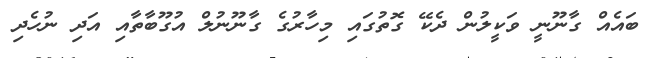
ބައެއް ގާނޫނީ ވަކީލުން ދެކޭ ގޮތުގައި މިހާރުގެ ގާނޫނުލް އުގޫބާތާއި އަދި ނުހެދި